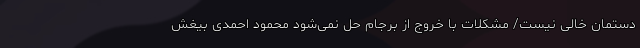
دستمان خالی نیست/ مشکلات با خروج از برجام حل نمی‌شود محمود احمدی بیغش